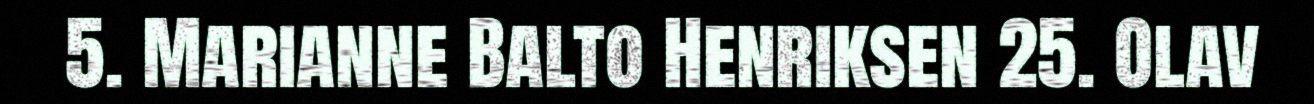
5. Marianne Balto Henriksen 25. Olav